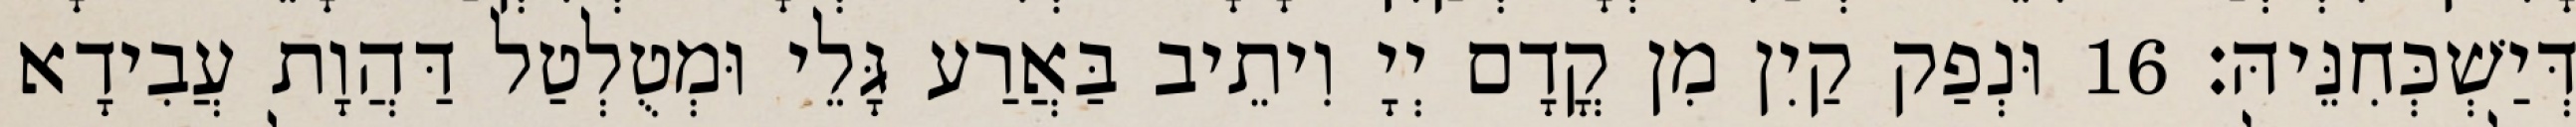
דְּיַשְׁכְּחִנֵּיהּ׃ 16 וּנְפַק קַיִן מִן קֳדָם יְיָ וִיתֵיב בַּאֲרַע גָּלֵי וּמְטֻלְטַל דַּהֲוָת עֲבִידָא